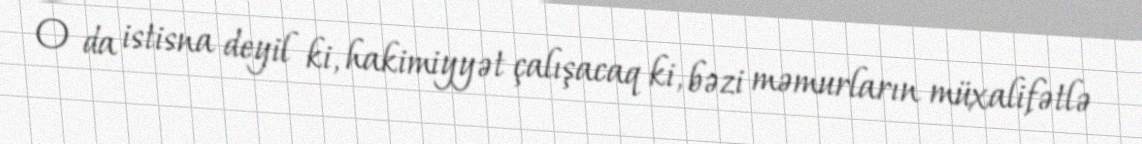
O da istisna deyil ki, hakimiyyət çalışacaq ki, bəzi məmurların müxalifətlə